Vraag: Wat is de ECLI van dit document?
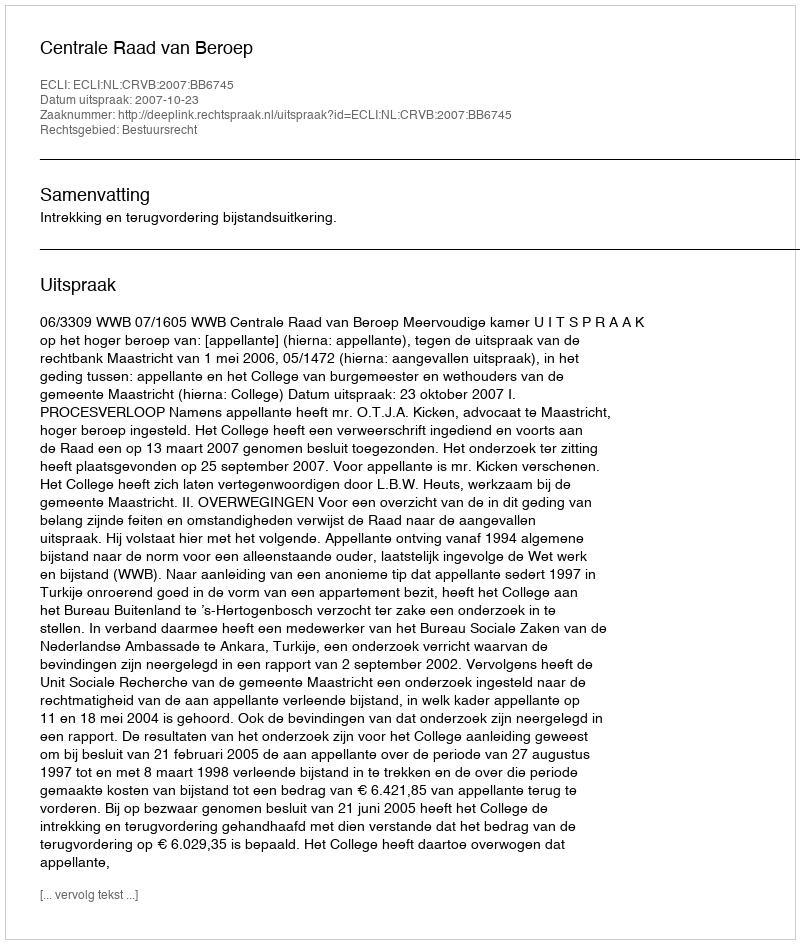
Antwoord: ECLI:NL:CRVB:2007:BB6745